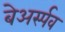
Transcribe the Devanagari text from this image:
बेअर्स्पव